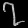
Digit: ၇